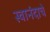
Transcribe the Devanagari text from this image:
स्वानंदाचे